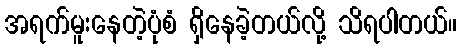
အရက်မူးနေတဲ့ပုံစံ ရှိနေခဲ့တယ်လို့ သိရပါတယ်။